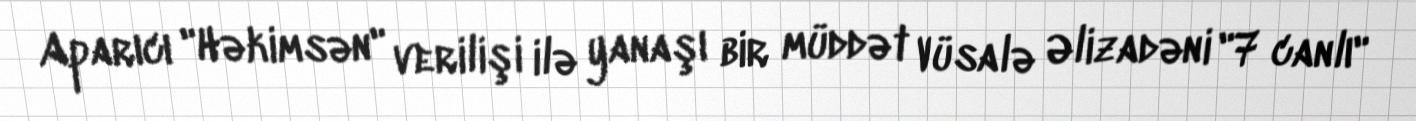
Aparıcı "Həkimsən" verilişi ilə yanaşı bir müddət Vüsalə Əlizadəni "7 canlı"